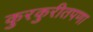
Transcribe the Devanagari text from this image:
कुरकुरीतपणा